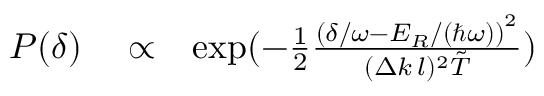
\begin{array} { r l r } { P ( \delta ) } & { { } \propto } & { \exp ( - \frac { 1 } { 2 } \frac { \left( \delta / \omega - E _ { R } / ( \hbar \omega ) \right) ^ { 2 } } { ( \Delta k \, l ) ^ { 2 } \tilde { T } } ) } \end{array}